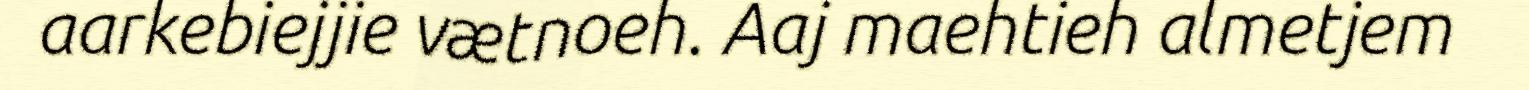
aarkebiejjie vætnoeh. Aaj maehtieh almetjem